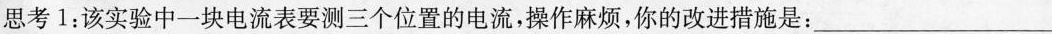
思考1：该实验中一块电流表要测三个位置的电流，操作麻烦，你的改进措施是：___